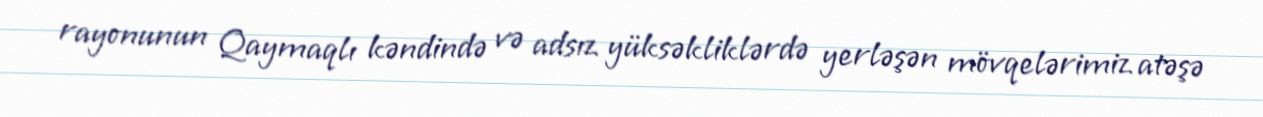
rayonunun Qaymaqlı kəndində və adsız yüksəkliklərdə yerləşən mövqelərimiz atəşə